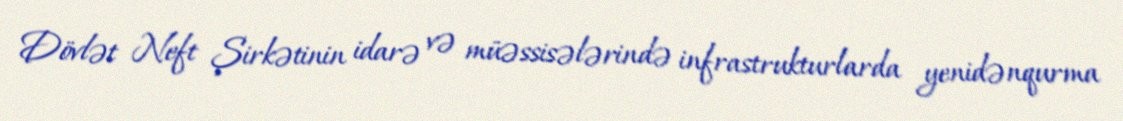
Dövlət Neft Şirkətinin idarə və müəssisələrində infrastrukturlarda yenidənqurma